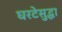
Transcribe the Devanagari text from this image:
घरटेसुद्धा